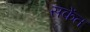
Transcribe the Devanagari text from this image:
सकेंत